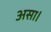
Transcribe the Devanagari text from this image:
असा।